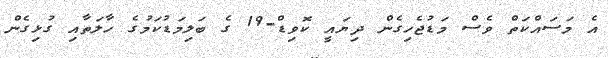
އެ މަސައްކަތް ވެސް މަޑުޖެހިގެން ދިޔައީ ކޮވިޑް-19 ގެ ބަލިމަޑުކަމުގެ ހާލަތާއި ގުޅިގެން